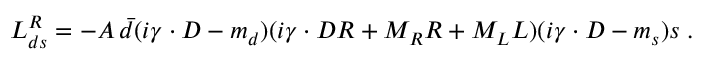
{ \cal { L } } _ { d s } ^ { R } = - A \, \bar { d } ( i \gamma \cdot D - m _ { d } ) ( i \gamma \cdot D R + M _ { R } R + M _ { L } L ) ( i \gamma \cdot D - m _ { s } ) s \; .